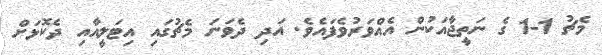
މެޗު 1-1 ގެ ނަތީޖާއަކުން އެއްވަރުވެފައެވެ. އަދި ދެވަނަ މެޗުގައި އިޓަލީއާއި ދެކޮޅަށް